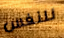
للنفس